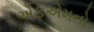
એફએમનો